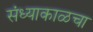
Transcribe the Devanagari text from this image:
संध्याकाळचा